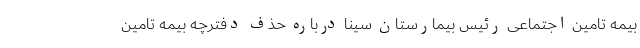
بیمه تامین اجتماعی رئیس بیمارستان سینا درباره حذف دفترچه بیمه تامین